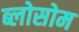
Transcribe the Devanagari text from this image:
ब्लोसोम